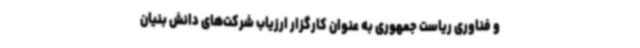
و فناوری ریاست جمهوری به عنوان کارگزار ارزیاب شرکت‌های دانش بنیان